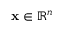
\mathbf { x } \in \mathbb { R } ^ { n }